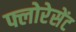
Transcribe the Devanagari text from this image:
फ्लोरेसेंट